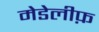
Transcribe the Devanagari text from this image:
मेडेलीफ़